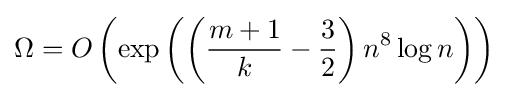
\Omega =O\left(\exp \left(\left({\frac {m+1}{k}}-{\frac {3}{2}}\right)n^{8}\log n\right)\right)